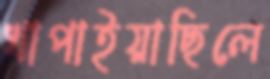
খাপাইয়াছিলে